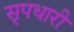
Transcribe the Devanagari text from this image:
सृपधारी